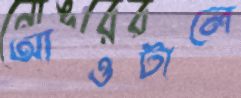
আওটালে